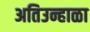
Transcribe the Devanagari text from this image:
अतिउन्हाळा